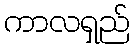
ကာလရှည်